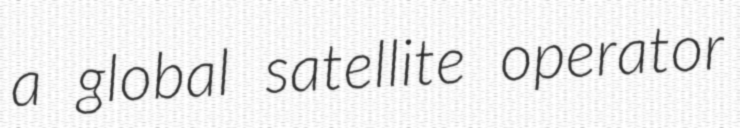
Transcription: a global satellite operator